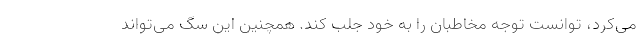
می‌کرد، توانست توجه مخاطبان را به خود جلب کند. همچنین این سگ می‌تواند